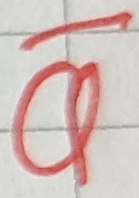
Text: Q